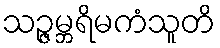
သဉ္ဇမ္ဘရိမကံသူတိ